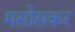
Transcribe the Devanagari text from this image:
मसोसकर